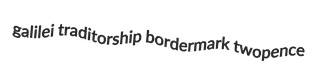
galilei traditorship bordermark twopence